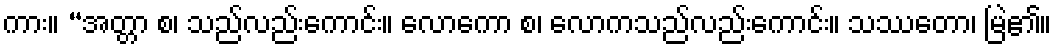
ကား။ “အတ္တာ စ၊ သည်လည်းကောင်း။ လောကော စ၊ လောကသည်လည်းကောင်း။ သဿတော၊ မြဲ၏။